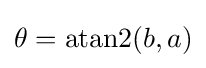
\theta =\operatorname {atan2} (b,a)